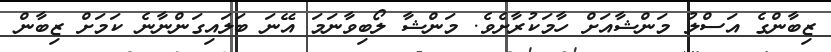
ޒިބާންގެ އަސްލު މަންޝާއަށް ހާމަކުރާށެވެ. މަންޝާ ލޯބިވާނަމަ އޭނަ ބަލައިގަންނާނެ ކަމަށް ޒިބާން